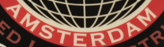
AMSTERDAM